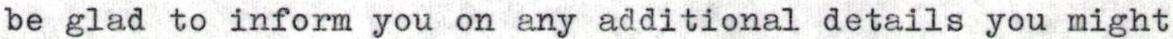
be glad to inform you on any additional details you might